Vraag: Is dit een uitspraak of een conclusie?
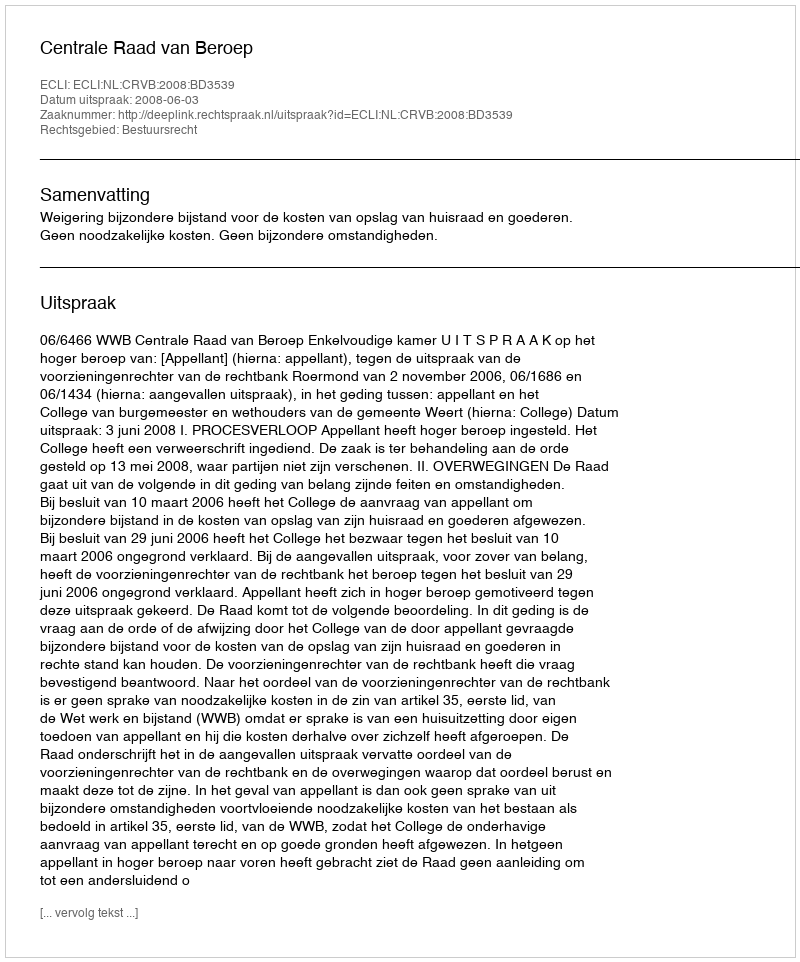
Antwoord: Uitspraak